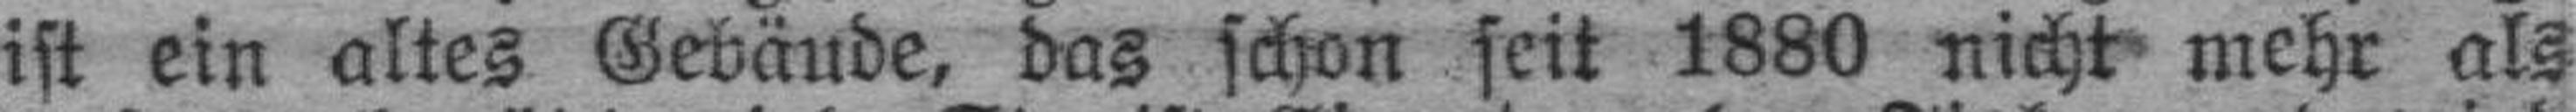
ist ein altes Gebäude, das schon seit 1880 nicht mehr als